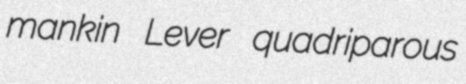
mankin Lever quadriparous